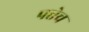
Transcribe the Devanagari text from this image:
पत्तेच